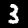
Digit: 3